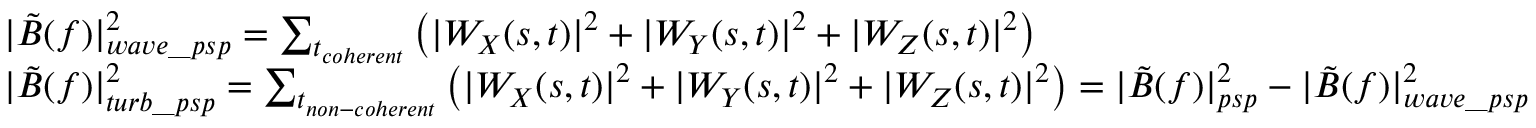
\begin{array} { r l } & { | \tilde { B } ( f ) | _ { w a v e \_ p s p } ^ { 2 } = \sum _ { t _ { c o h e r e n t } } \left( | W _ { X } ( s , t ) | ^ { 2 } + | W _ { Y } ( s , t ) | ^ { 2 } + | W _ { Z } ( s , t ) | ^ { 2 } \right) } \\ & { | \tilde { B } ( f ) | _ { t u r b \_ p s p } ^ { 2 } = \sum _ { t _ { n o n - c o h e r e n t } } \left( | W _ { X } ( s , t ) | ^ { 2 } + | W _ { Y } ( s , t ) | ^ { 2 } + | W _ { Z } ( s , t ) | ^ { 2 } \right) = | \tilde { B } ( f ) | _ { p s p } ^ { 2 } - | \tilde { B } ( f ) | _ { w a v e \_ p s p } ^ { 2 } } \end{array}